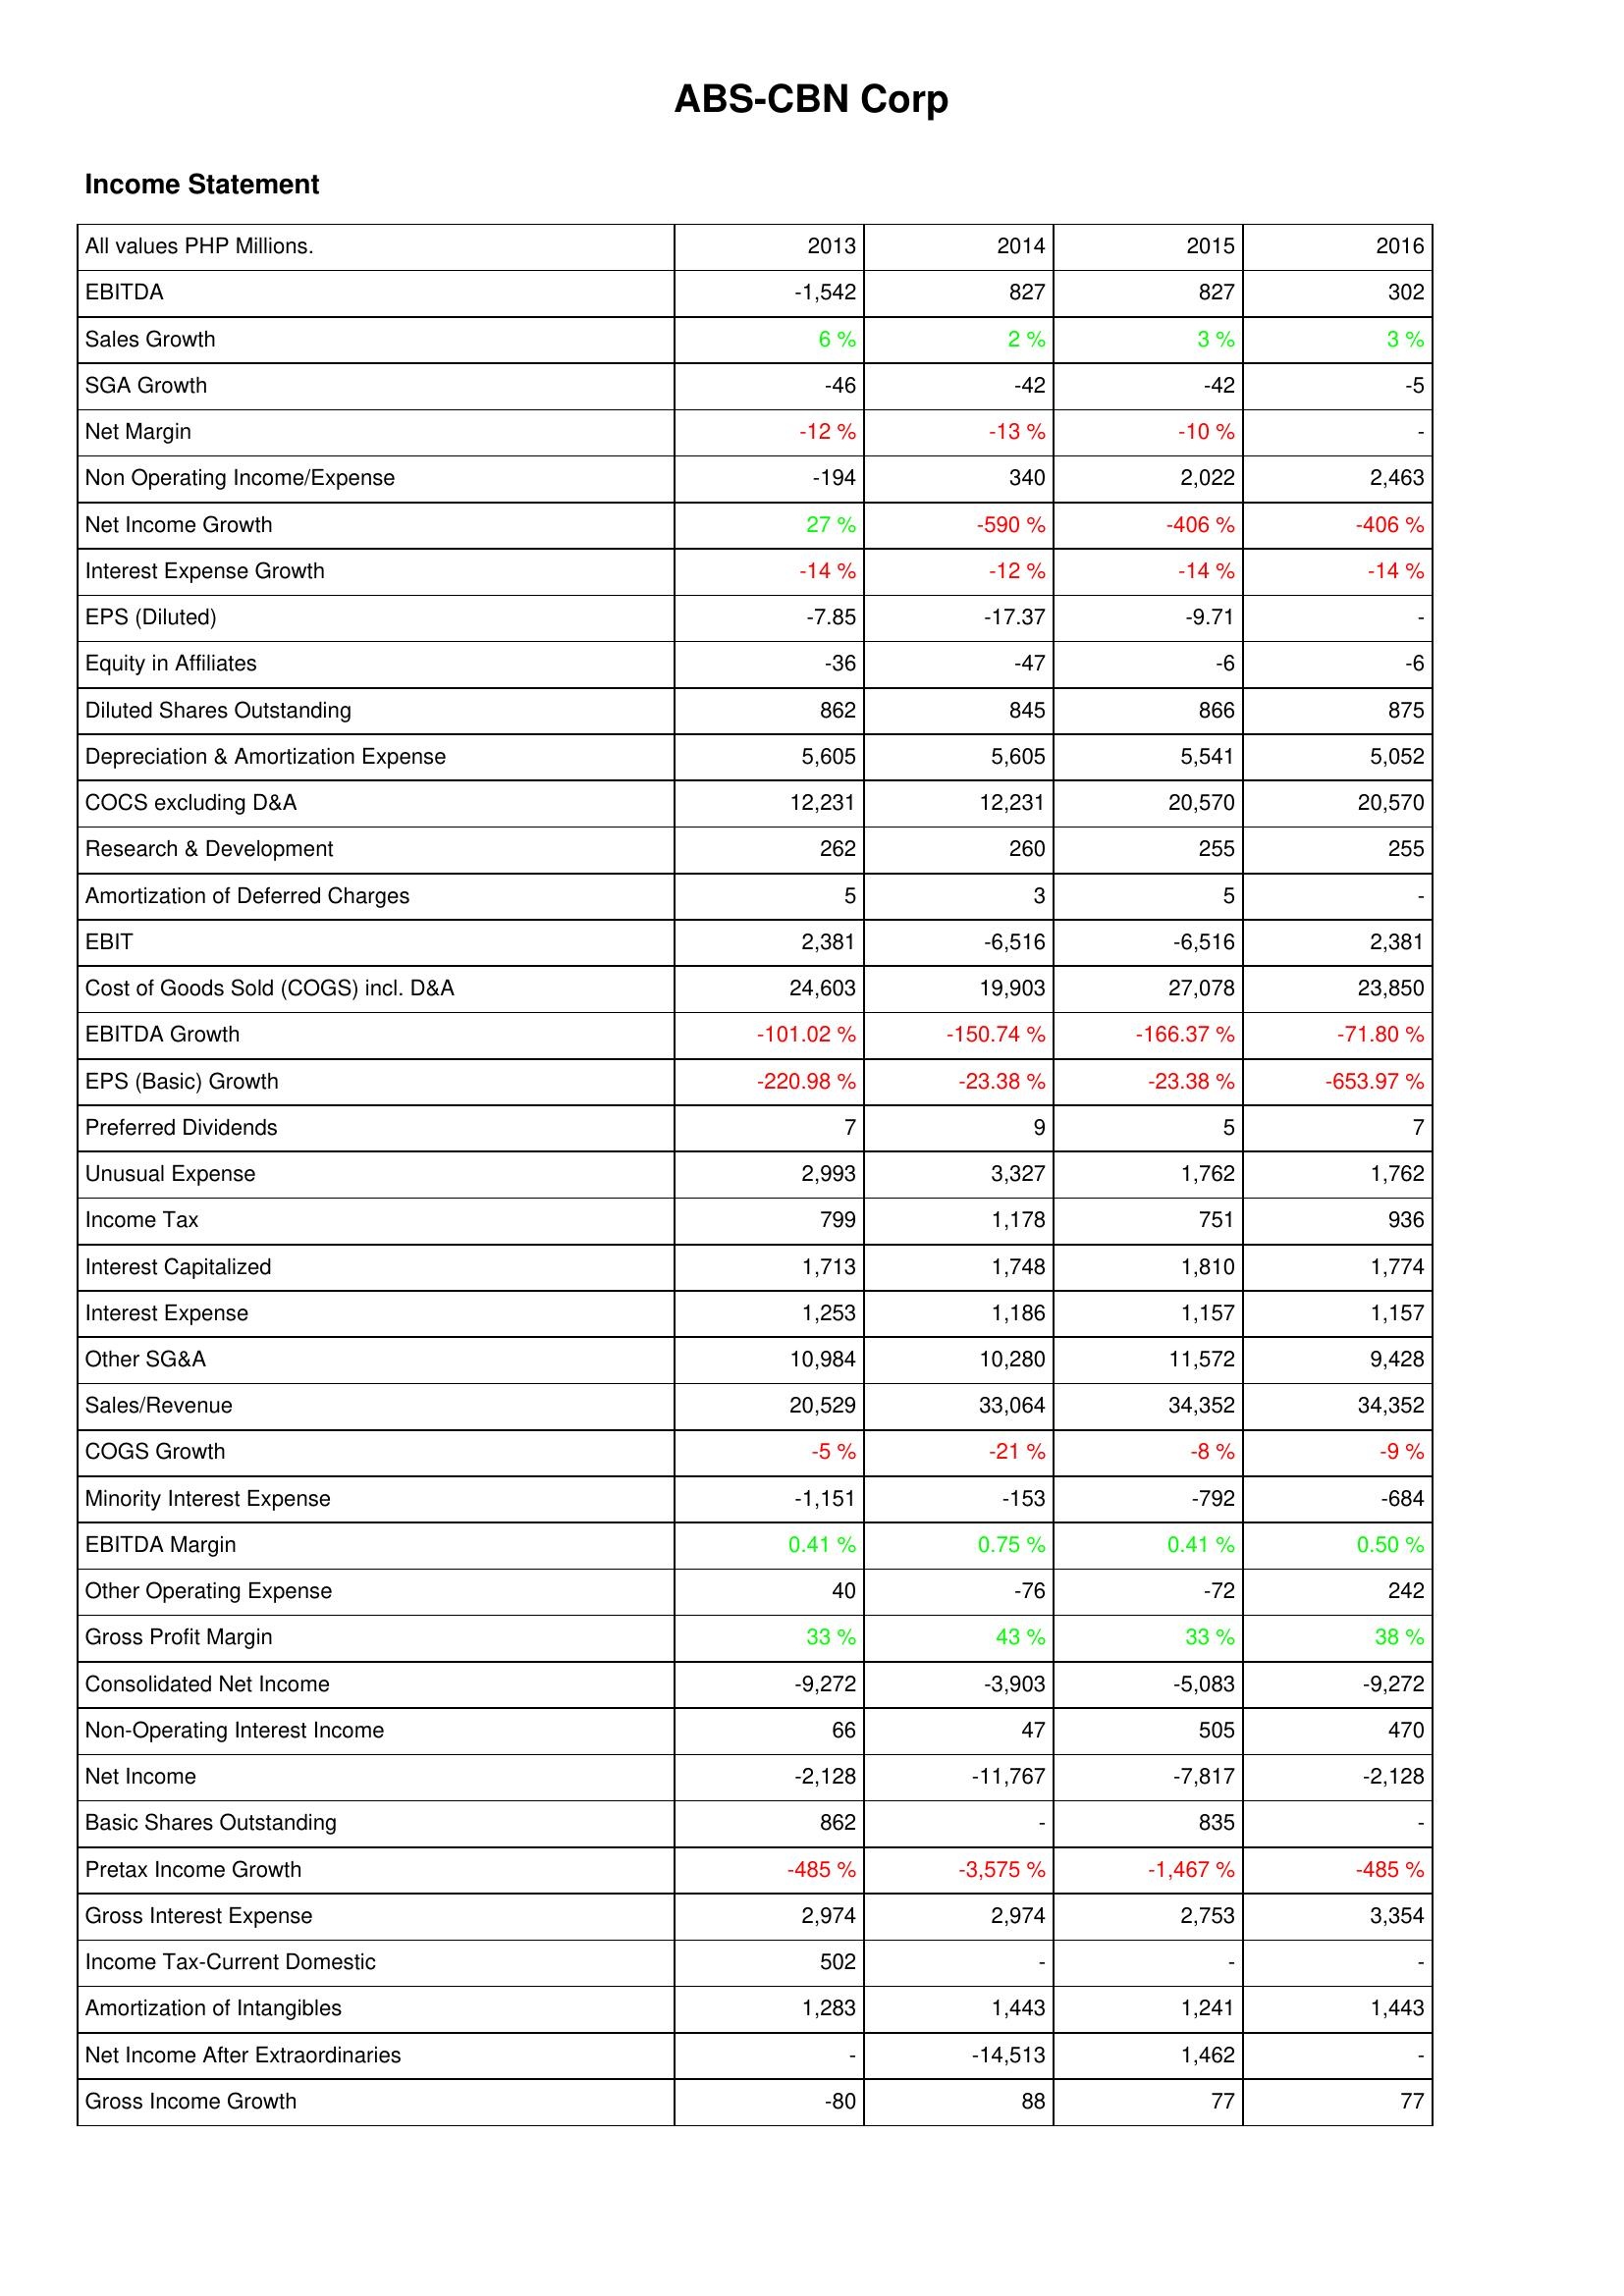
2013: Income Statement: EBITDA: -1,542
Sales Growth: 6 %
SGA Growth: -46
Net Margin: -12 %
Non Operating Income/Expense: -194
Net Income Growth: 27 %
Interest Expense Growth: -14 %
EPS (Diluted): -7.85
Equity in Affiliates: -36
Diluted Shares Outstanding: 862
Depreciation & Amortization Expense: 5,605
COCS excluding D&A: 12,231
Research & Development: 262
Amortization of Deferred Charges: 5
EBIT: 2,381
Cost of Goods Sold (COGS) incl. D&A: 24,603
EBITDA Growth: -101.02 %
EPS (Basic) Growth: -220.98 %
Preferred Dividends: 7
Unusual Expense: 2,993
Income Tax: 799
Interest Capitalized: 1,713
Interest Expense: 1,253
Other SG&A: 10,984
Sales/Revenue: 20,529
COGS Growth: -5 %
Minority Interest Expense: -1,151
EBITDA Margin: 0.41 %
Other Operating Expense: 40
Gross Profit Margin: 33 %
Consolidated Net Income: -9,272
Non-Operating Interest Income: 66
Net Income: -2,128
Basic Shares Outstanding: 862
Pretax Income Growth: -485 %
Gross Interest Expense: 2,974
Income Tax-Current Domestic: 502
Amortization of Intangibles: 1,283
Net Income After Extraordinaries: -
Gross Income Growth: -80
2014: Income Statement: EBITDA: 827
Sales Growth: 2 %
SGA Growth: -42
Net Margin: -13 %
Non Operating Income/Expense: 340
Net Income Growth: -590 %
Interest Expense Growth: -12 %
EPS (Diluted): -17.37
Equity in Affiliates: -47
Diluted Shares Outstanding: 845
Depreciation & Amortization Expense: 5,605
COCS excluding D&A: 12,231
Research & Development: 260
Amortization of Deferred Charges: 3
EBIT: -6,516
Cost of Goods Sold (COGS) incl. D&A: 19,903
EBITDA Growth: -150.74 %
EPS (Basic) Growth: -23.38 %
Preferred Dividends: 9
Unusual Expense: 3,327
Income Tax: 1,178
Interest Capitalized: 1,748
Interest Expense: 1,186
Other SG&A: 10,280
Sales/Revenue: 33,064
COGS Growth: -21 %
Minority Interest Expense: -153
EBITDA Margin: 0.75 %
Other Operating Expense: -76
Gross Profit Margin: 43 %
Consolidated Net Income: -3,903
Non-Operating Interest Income: 47
Net Income: -11,767
Basic Shares Outstanding: -
Pretax Income Growth: -3,575 %
Gross Interest Expense: 2,974
Income Tax-Current Domestic: -
Amortization of Intangibles: 1,443
Net Income After Extraordinaries: -14,513
Gross Income Growth: 88
2015: Income Statement: EBITDA: 827
Sales Growth: 3 %
SGA Growth: -42
Net Margin: -10 %
Non Operating Income/Expense: 2,022
Net Income Growth: -406 %
Interest Expense Growth: -14 %
EPS (Diluted): -9.71
Equity in Affiliates: -6
Diluted Shares Outstanding: 866
Depreciation & Amortization Expense: 5,541
COCS excluding D&A: 20,570
Research & Development: 255
Amortization of Deferred Charges: 5
EBIT: -6,516
Cost of Goods Sold (COGS) incl. D&A: 27,078
EBITDA Growth: -166.37 %
EPS (Basic) Growth: -23.38 %
Preferred Dividends: 5
Unusual Expense: 1,762
Income Tax: 751
Interest Capitalized: 1,810
Interest Expense: 1,157
Other SG&A: 11,572
Sales/Revenue: 34,352
COGS Growth: -8 %
Minority Interest Expense: -792
EBITDA Margin: 0.41 %
Other Operating Expense: -72
Gross Profit Margin: 33 %
Consolidated Net Income: -5,083
Non-Operating Interest Income: 505
Net Income: -7,817
Basic Shares Outstanding: 835
Pretax Income Growth: -1,467 %
Gross Interest Expense: 2,753
Income Tax-Current Domestic: -
Amortization of Intangibles: 1,241
Net Income After Extraordinaries: 1,462
Gross Income Growth: 77
2016: Income Statement: EBITDA: 302
Sales Growth: 3 %
SGA Growth: -5
Net Margin: -
Non Operating Income/Expense: 2,463
Net Income Growth: -406 %
Interest Expense Growth: -14 %
EPS (Diluted): -
Equity in Affiliates: -6
Diluted Shares Outstanding: 875
Depreciation & Amortization Expense: 5,052
COCS excluding D&A: 20,570
Research & Development: 255
Amortization of Deferred Charges: -
EBIT: 2,381
Cost of Goods Sold (COGS) incl. D&A: 23,850
EBITDA Growth: -71.80 %
EPS (Basic) Growth: -653.97 %
Preferred Dividends: 7
Unusual Expense: 1,762
Income Tax: 936
Interest Capitalized: 1,774
Interest Expense: 1,157
Other SG&A: 9,428
Sales/Revenue: 34,352
COGS Growth: -9 %
Minority Interest Expense: -684
EBITDA Margin: 0.50 %
Other Operating Expense: 242
Gross Profit Margin: 38 %
Consolidated Net Income: -9,272
Non-Operating Interest Income: 470
Net Income: -2,128
Basic Shares Outstanding: -
Pretax Income Growth: -485 %
Gross Interest Expense: 3,354
Income Tax-Current Domestic: -
Amortization of Intangibles: 1,443
Net Income After Extraordinaries: -
Gross Income Growth: 77